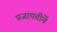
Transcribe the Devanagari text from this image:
प्रजापतीनें